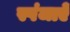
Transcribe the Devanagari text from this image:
स्पंजाऐं